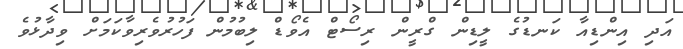
އަދި އިންޑިއާ ކަނޑުގެ ލީޑިން ގްރީން ރިސޯޓް އެވޯޑް ލިބުމުން ފަހުރުވެރިވާކަމަށް ވިދާޅުވެ